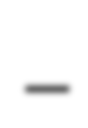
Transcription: –